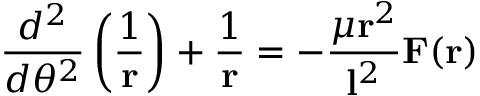
{ \frac { d ^ { 2 } } { d \theta ^ { 2 } } } \left( { \frac { 1 } { \mathbf { r } } } \right) + { \frac { 1 } { \mathbf { r } } } = - { \frac { \mu \mathbf { r } ^ { 2 } } { \mathbf { l } ^ { 2 } } } \mathbf { F } ( \mathbf { r } )